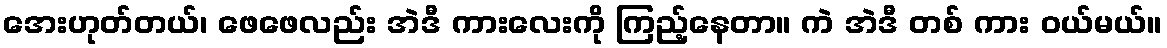
အေးဟုတ်တယ်၊ ဖေဖေလည်း အဲဒီ ကားလေးကို ကြည့်နေတာ။ ကဲ အဲဒီ တစ် ကား ဝယ်မယ်။